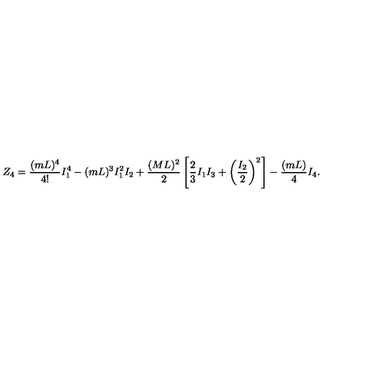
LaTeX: Z _ { 4 } = \frac { ( m L ) ^ { 4 } } { 4 ! } I _ { 1 } ^ { 4 } - ( m L ) ^ { 3 } I _ { 1 } ^ { 2 } I _ { 2 } + \frac { ( M L ) ^ { 2 } } { 2 } \left[ \frac { 2 } { 3 } I _ { 1 } I _ { 3 } + \left( \frac { I _ { 2 } } { 2 } \right) ^ { 2 } \right] - \frac { ( m L ) } { 4 } I _ { 4 } .